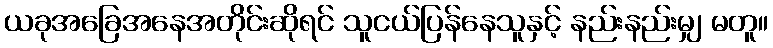
ယခုအခြေအနေအတိုင်းဆိုရင် သူငယ်ပြန်နေသူနှင့် နည်းနည်းမျှ မတူ။